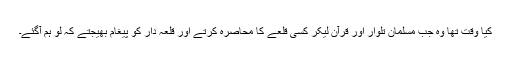
کیا وقت تھا وہ جب مسلمان تلوار اور قرآن لیکر کسی قلعے کا محاصرہ کرتے اور قلعہ دار کو پیغام بھیجتے کہ لو ہم آگئے۔